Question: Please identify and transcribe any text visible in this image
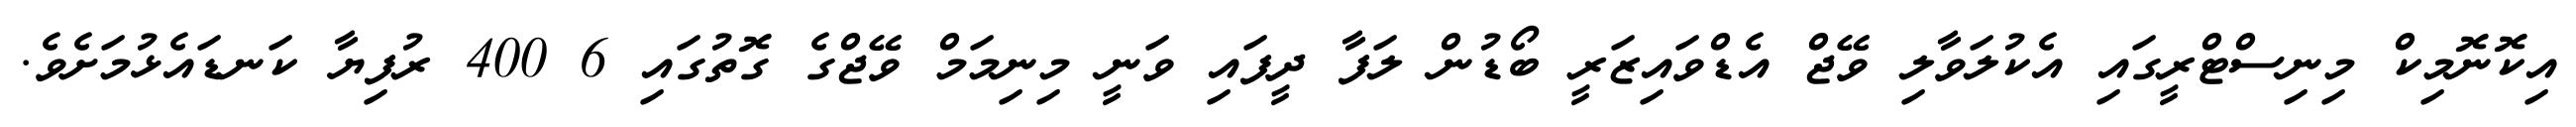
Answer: އިކޮނޮމިކް މިނިސްޓްރީގައި އެކުލަވާލި ވޭޖް އެޑްވައިޒަރީ ބޯޑުން ލަފާ ދީފައި ވަނީ މިނިމަމް ވޭޖްގެ ގޮތުގައި 6 400 ރުފިޔާ ކަނޑައެޅުމަށެވެ.